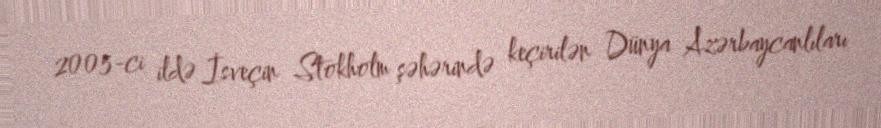
2005-ci ildə İsveçin Stokholm şəhərində keçirilən Dünya Azərbaycanlıları